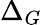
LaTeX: \Delta_{G}